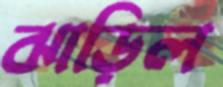
ঝাড়িল